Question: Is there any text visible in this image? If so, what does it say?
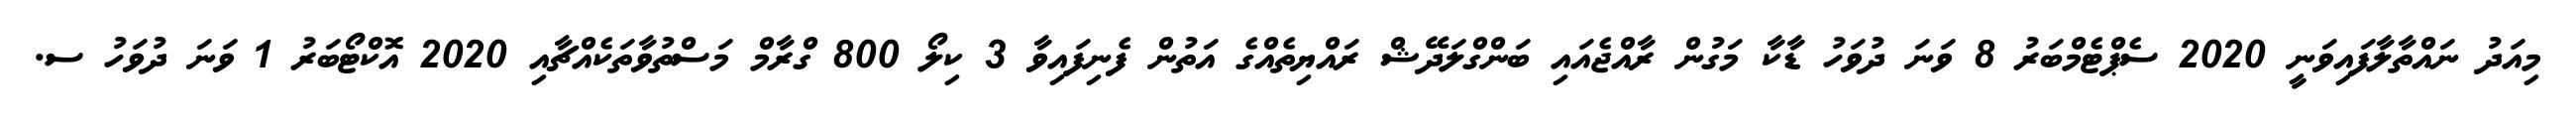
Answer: މިއަދު ނައްތާލާފައިވަނީ 2020 ސެޕްޓެމްބަރު 8 ވަނަ ދުވަހު ޑާކާ މަގުން ރާއްޖެއައި ބަންގްލަދޭޝް ރައްޔިތެއްގެ އަތުން ފެނިފައިވާ 3 ކިލޯ 800 ގްރާމް މަސްތުވާތަކެއްޗާއި 2020 އޮކްޓޯބަރު 1 ވަނަ ދުވަހު ސ.